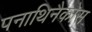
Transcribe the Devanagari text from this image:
पनाथिनैकोस